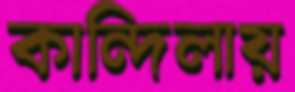
কান্দিলায়